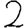
Digit: 2